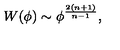
W ( \phi ) \sim \phi ^ { \frac { 2 ( n + 1 ) } { n - 1 } } ,